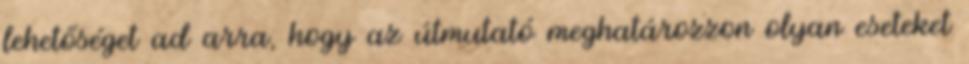
lehetőséget ad arra, hogy az útmutató meghatározzon olyan eseteket